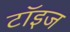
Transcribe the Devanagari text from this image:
टॉइज